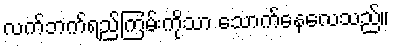
လက်ဘက်ရည်ကြမ်းကိုသာ သောက်နေလေသည်။